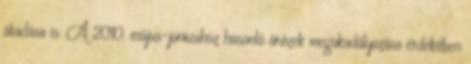
átadása is. A 2010. május-júniusihoz hasonló árvizek megakadályozása érdekében